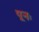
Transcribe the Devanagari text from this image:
पूनः